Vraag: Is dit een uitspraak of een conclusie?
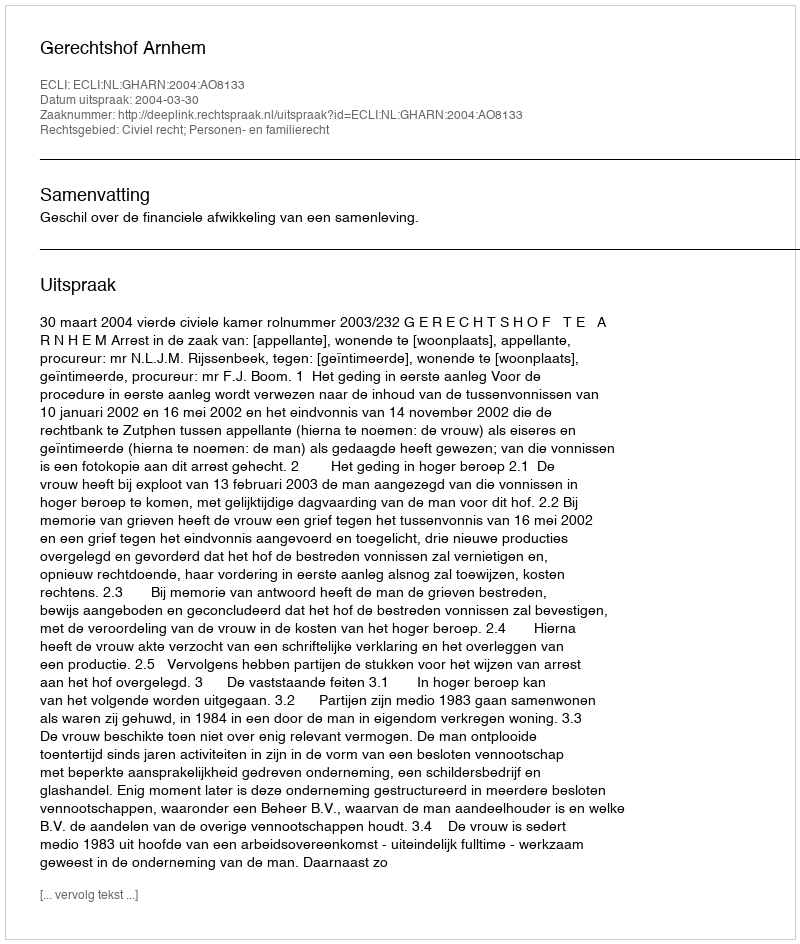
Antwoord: Uitspraak